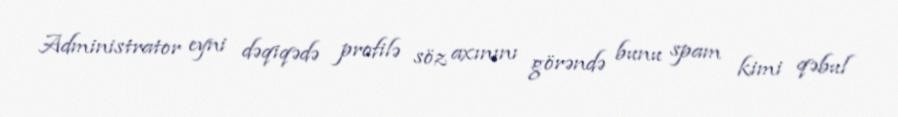
Administrator eyni dəqiqədə profilə söz axınını görəndə bunu spam kimi qəbul